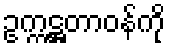
ဥက္ကဋ္ဌတာဝန်ကို